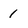
Character: 1